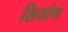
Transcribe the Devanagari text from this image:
शियांग